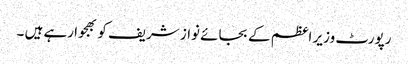
رپورٹ وزیر اعظم کے بجائے نواز شریف کو بھجوا رہے ہیں ۔